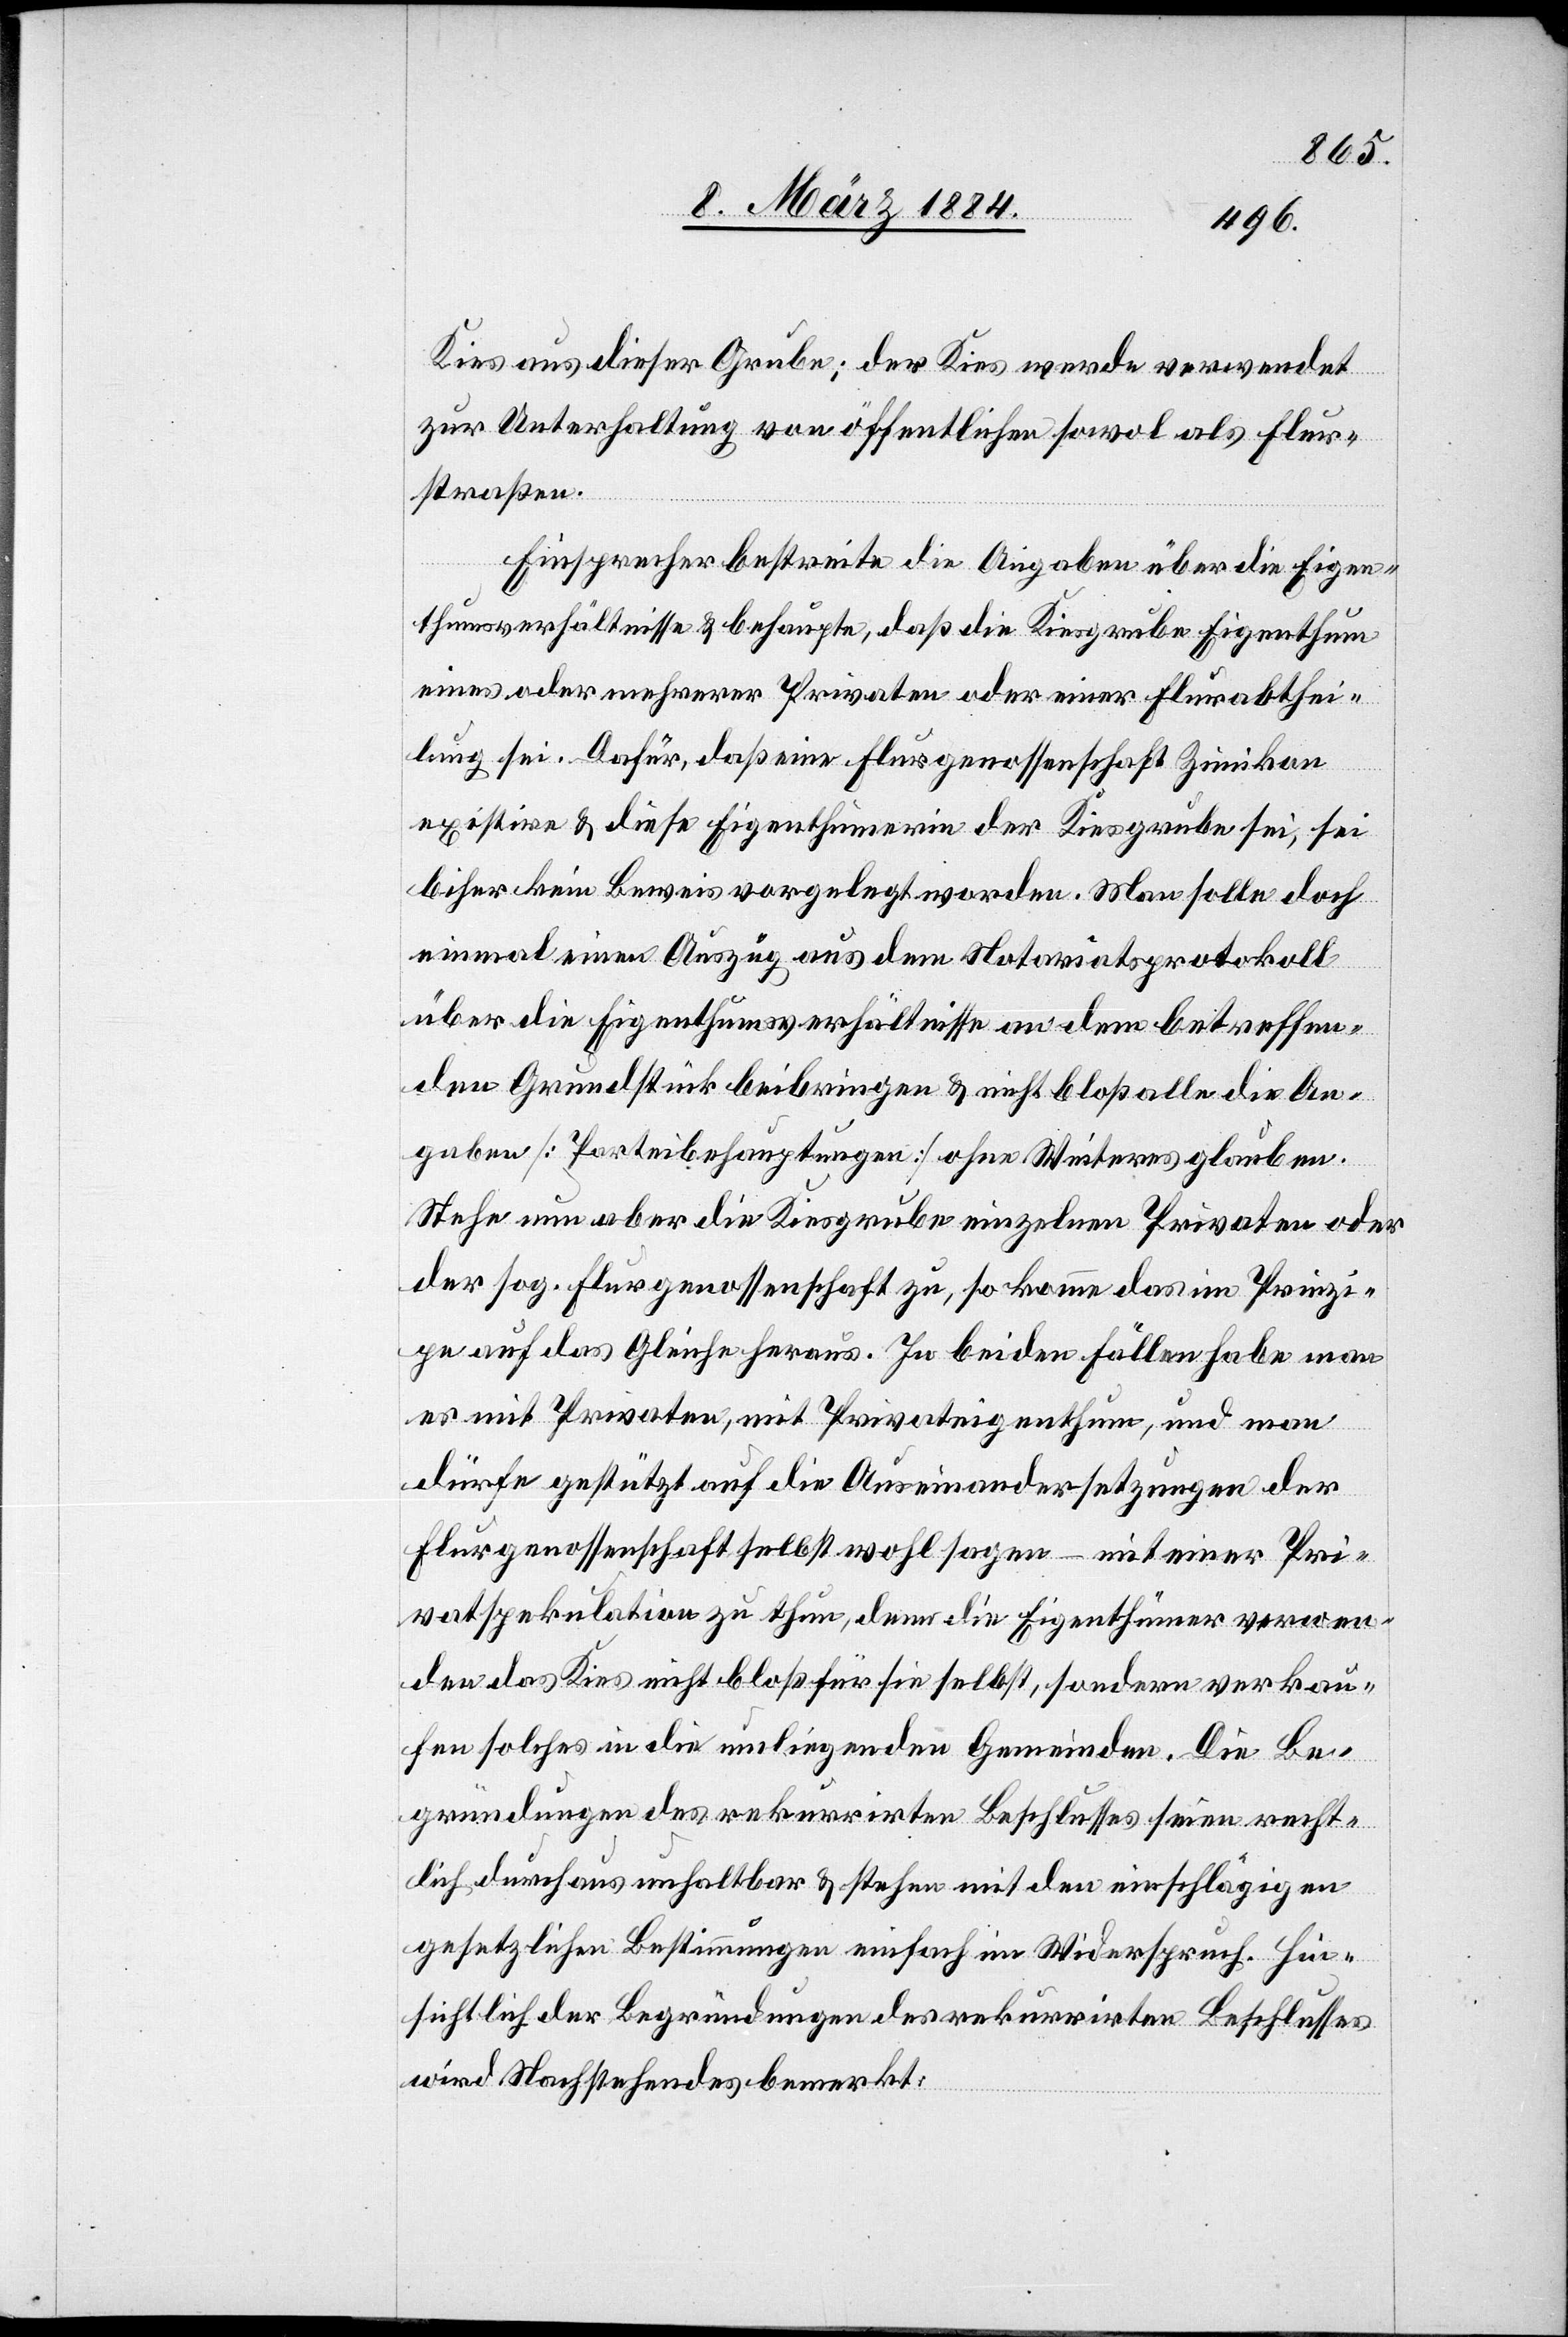
Kies aus dieser Grube; der Kies werde verwendet
zur Unterhaltung von öffentlichen sowol als Flur¬
straßen.
Einsprecher bestreite die Angabe über die Eigen¬
thumsverhältnisse & behaupte, daß die Kiesgrube Eigenthum
einer oder mehrerer Privaten oder einer Flurabthei¬
lung sei. Dafür, daß eine Flurgenossenschaft Zimikon
existire & diese Eigenthümerin der Kiesgrube sei, sei
bisher kein Beweis vorgelegt worden. Man solle doch
einmal einen Auszug aus dem Notariatsprotokoll
über die Eigenthumsverhältnisse an dem betreffen¬
den Grundstück beibringen & nicht bloß alle die An¬
gaben [Parteibehauptungen] ohne Weiteres glauben.
Stehe nun aber die Kiesgrube einzelnen Privaten oder
der sog. Flurgenossenschaft zu, so komme das im Prinzi¬
pe auf das Gleiche heraus. In beiden Fällen habe man
es mit Privaten, mit Privateigenthum, und man
dürfe gestützt auf die Auseinandersetzungen der
Flurgenossenschaft selbst wohl sagen – mit einer Pri¬
vatspekulation zu thun, denn die Eigenthümer verwen¬
den das Kies nicht bloß für sie selbst, sondern verkau¬
fen solches an die umliegenden Gemeinden. Die Be¬
gründungen des rekurrirten Beschlusses seien recht¬
lich durchaus unhaltbar & stehen mit den einschlägigen
gesetzlichen Bestimmungen einfach im Widerspruch. Hin¬
sichtlich der Begründungen des rekurrirten Beschlusses
wird Nachstehendes bemerkt: